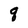
Character: q